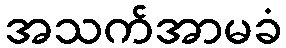
အသက်အာမခံ